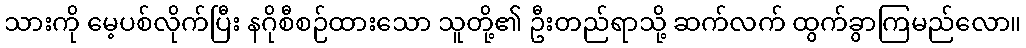
သားကို မေ့ပစ်လိုက်ပြီး နဂိုစီစဉ်ထားသော သူတို့၏ ဦးတည်ရာသို့ ဆက်လက် ထွက်ခွာကြမည်လော။